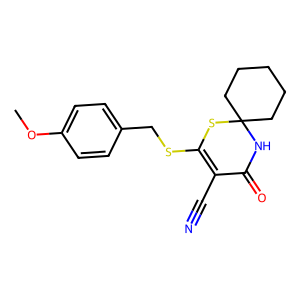
SMILES: COc1ccc(CSC2=C(C#N)C(=O)NC3(CCCCC3)S2)cc1
Inhibits HIV replication: No